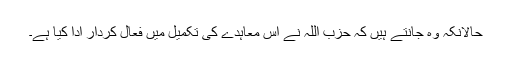
حالانکہ وہ جانتے ہیں کہ حزب اللہ نے اس معاہدے کی تکمیل میں فعال کردار ادا کیا ہے۔